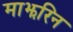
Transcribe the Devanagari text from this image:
माझरिन